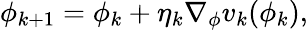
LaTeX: \phi_{k+1}=\phi_{k}+\eta_{k}\nabla_{\phi}v_{k}(\phi_{k}),